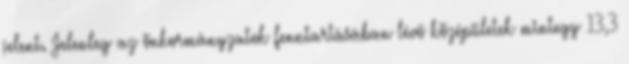
jelent. Jelenleg az önkormányzatok fenntartásában lévő középületek mintegy 13,3